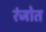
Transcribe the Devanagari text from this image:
रंजोत